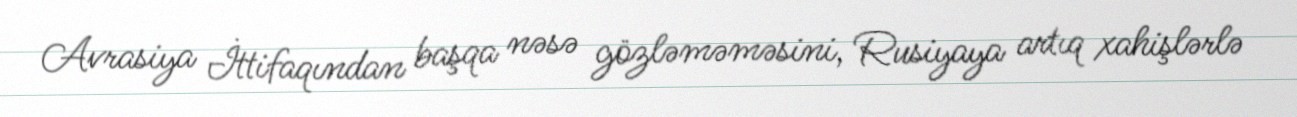
Avrasiya İttifaqından başqa nəsə gözləməməsini, Rusiyaya artıq xahişlərlə